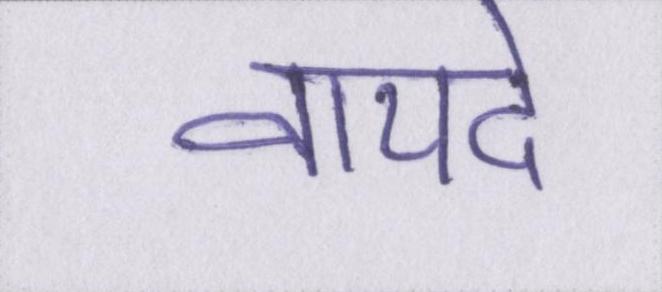
वायदे